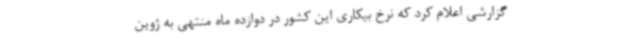
گزارشی اعلام کرد که نرخ بیکاری این کشور در دوازده ماه منتهی به ژوین